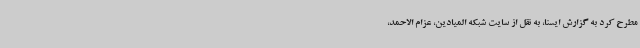
مطرح کرد به گزارش ایسنا، به نقل از سایت شبکه المیادین، عزام الاحمد،